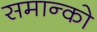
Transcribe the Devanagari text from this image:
समान्को